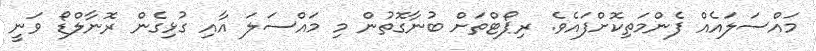
މައްސަލައެއް ފެންމަތިކޮށްފައެވެ. ރިޕޯޓްތަށް ބުނާގޮތުން މި މައްސަލަ އާއި ގުޅިގެން ރޮނާލްޑޯ ވަނީ